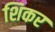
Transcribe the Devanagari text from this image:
शिकर